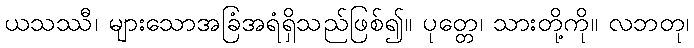
ယသဿီ၊ များသောအခြံအရံရှိသည်ဖြစ်၍။ ပုတ္တေ၊ သားတို့ကို။ လဘတု၊